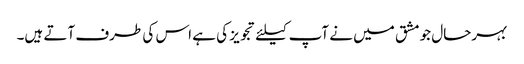
بہرحال جو مشق میں نے آپ کیلئے تجویز کی ہے اس کی طرف آتے ہیں۔